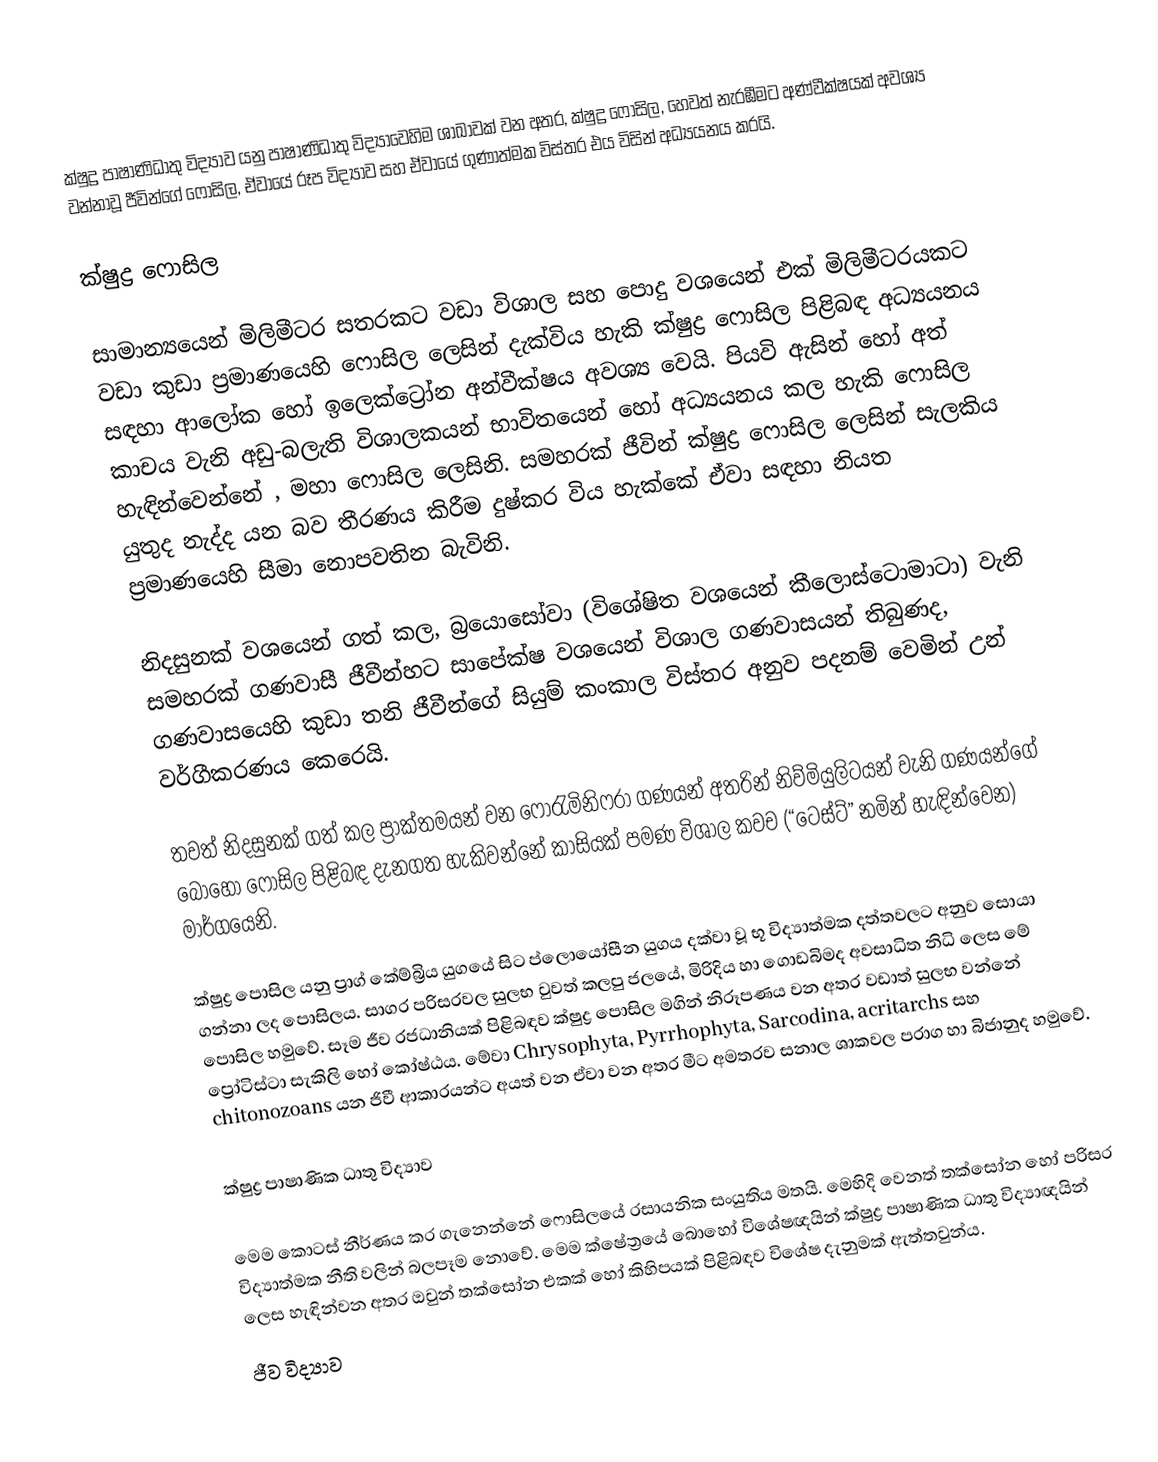
ක්ෂුද්‍ර පාෂාණිධාතු විද්‍යාව යනු   පාෂාණිධාතු විද්‍යාවෙහිම ශාඛාවක් වන අතර,  ක්ෂුද්‍ර ෆොසිල, හෙවත් නැරඹීමට අණ්වීක්ෂයක් අවශ්‍ය වන්නාවූ  ජීවින්ගේ ෆොසිල, ඒවායේ රූප විද්‍යාව සහ ඒවායේ ගුණාත්මක විස්තර එය විසින් අධ්‍යයනය කරයි.

ක්ෂුද්‍ර ෆොසිල

සාමාන්‍යයෙන් මිලිමීටර සතරකට වඩා විශාල සහ පොදු වශයෙන් එක් මිලිමීටරයකට වඩා කුඩා ප්‍රමාණයෙහි ෆොසිල ලෙසින් දැක්විය හැකි ක්ෂුද්‍ර ෆොසිල පිළිබඳ අධ්‍යයනය සඳහා  ආලෝක හෝ ඉලෙක්ට්‍රෝන අන්වීක්ෂය අවශ්‍ය වෙයි. පියවි ඇසින් හෝ අත් කාචය වැනි අඩු-බලැති විශාලකයන් භාවිතයෙන් හෝ අධ්‍යයනය කල හැකි ෆොසිල හැඳින්වෙන්නේ , මහා ෆොසිල ලෙසිනි. සමහරක් ජීවින් ක්ෂුද්‍ර ෆොසිල ලෙසින් සැලකිය යුතුද නැද්ද යන බව තීරණය කිරීම දුෂ්කර විය හැක්කේ ඒවා සඳහා නියත ප්‍රමාණයෙහි සීමා නොපවතින බැවිනි.

නිදසුනක් වශයෙන් ගත් කල, බ්‍රයොසෝවා (විශේෂිත වශයෙන් කීලොස්ටොමාටා) වැනි සමහරක් ගණවාසී ජීවීන්හට සාපේක්ෂ වශයෙන් විශාල ගණවාසයන් තිබුණද, ගණවාසයෙහි කුඩා තනි ජීවීන්ගේ සියුම් කංකාල විස්තර අනුව පදනම් වෙමින් උන් වර්ගීකරණය කෙරෙයි.

තවත් නිදසුනක් ගත් කල ප්‍රාක්තමයන් වන  ෆොරැමිනිෆරා ගණයන් අතරින්  නිව්මියුලිටයන් වැනි ගණයන්ගේ බොහෝ ෆොසිල පිළිබඳ දැනගත හැකිවන්නේ කාසියක් පමණ විශාල කවච (“ටෙස්ට්” නමින් හැඳින්වෙන) මාර්ගයෙනි.

ක්ෂුද්‍ර පොසිල යනු ප්‍රාග් කේම්බ්‍රිය යුගයේ සිට ප්ලොයෝසීන යුගය දක්වා වූ භූ විද්‍යාත්මක දත්තවලට අනුව සොයා ගන්නා ලද පොසිලය. සාගර පරිසරවල සුලභ වුවත් කලපු ජලයේ, මිරිදිය හා ගොඩබිමද අවසාධිත නිධි ලෙස මේ පොසිල හමුවේ. සෑම ජීව රජධානියක් පිළිබඳව ක්ෂුද්‍ර පොසිල මගින් නිරූපණය වන අතර වඩාත් සුලභ වන්නේ ප්‍රෝටිස්ටා සැකිලි හෝ කෝෂ්ඨය. මේවා Chrysophyta, Pyrrhophyta, Sarcodina, acritarchs සහ chitonozoans යන ජිවී ආකාරයන්ට අයත් වන ඒවා වන අතර මීට අමතරව සනාල ශාකවල පරාග හා බිජානුද හමුවේ.

ක්ෂුද්‍ර පාෂාණික ධාතු විද්‍යාව

මෙම කොටස් නීර්ණය කර ගැනෙන්නේ ෆොසිලයේ රසායනික සංයුතිය මතයි. මෙහිදි වෙනත් තක්සෝන හෝ පරිසර විද්‍යාත්මක නීති වලින් බලපෑම නොවේ. මෙම ක්ෂේත්‍රයේ බොහෝ විශේෂඥයින් ක්ෂුද්‍ර පාෂාණික ධාතු විද්‍යාඥයින් ලෙස හැඳින්වන අතර ඔවුන් තක්සෝන එකක් හෝ කිහිපයක් පිළිබඳව විශේෂ දැනුමක් ඇත්තවුන්ය.
ජීව විද්‍යාව